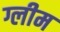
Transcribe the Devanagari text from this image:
ग्लीम